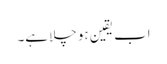
اب یقین ہو چلا ہے۔